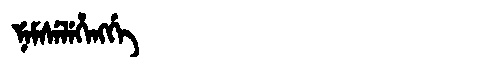
Manchu: ᠨᡝᠮᠰᡝᠯᡝᡥᡝᠩᡤᡝ
Romanization: NEMSELEHENGGE